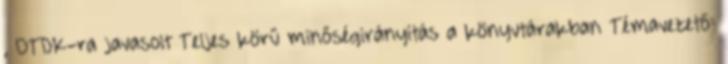
, OTDK-ra javasolt Teljes körű minőségirányítás a könyvtárakban Témavezető: